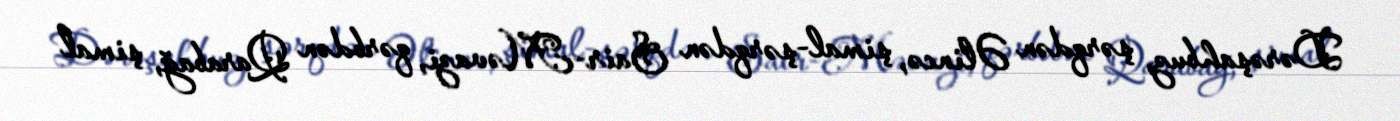
Dərəşahbuz, şərqdən Əlincə, şimal-şərqdən Sair-Məvazi, qərbdən Qarabağ, şimal